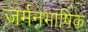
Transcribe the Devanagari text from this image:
जर्मनभाषिक